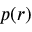
p ( r )